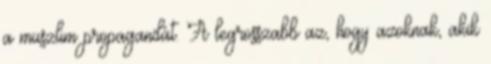
a muszlim propagandát. A legrosszabb az, hogy azoknak, akik